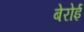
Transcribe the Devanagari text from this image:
बेरोई